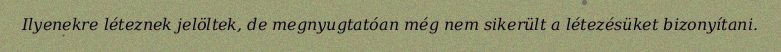
Ilyenekre léteznek jelöltek, de megnyugtatóan még nem sikerült a létezésüket bizonyítani.